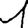
Digit: 1